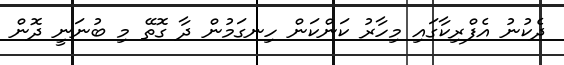
ދެކުނު އެފްރިކާގައި މިހާރު ކަންކަން ހިނގަމުން ދާ ގޮތޭ މި ބުނަނީ ދޮން